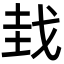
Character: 𫻮